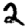
Digit: 2